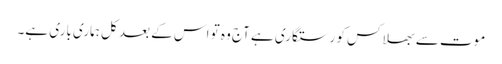
موت سے بھلا کس کو رستگاری ہے آج وہ تو اس کے بعد کل ہماری باری ہے۔